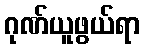
ဂုဏ်ယူဖွယ်ရာ